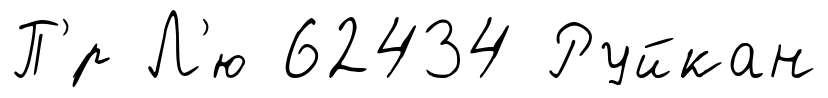
П'́р Л'ю 62434 Руйкан